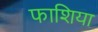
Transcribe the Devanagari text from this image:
फाशिया